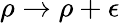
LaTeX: \rho\to\rho+\epsilon